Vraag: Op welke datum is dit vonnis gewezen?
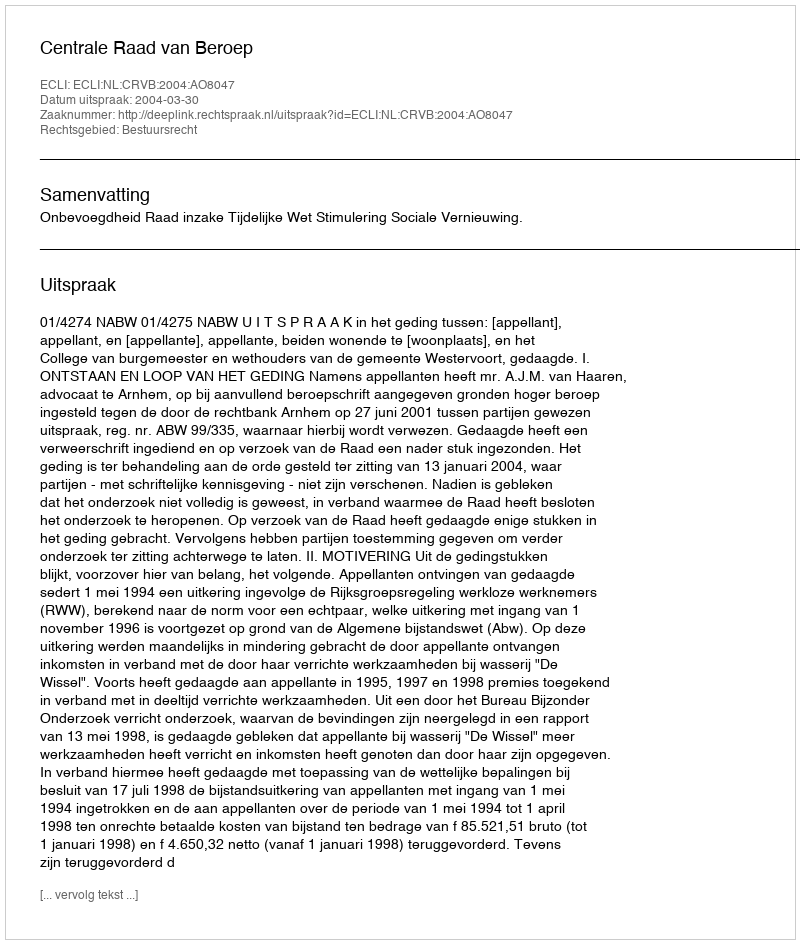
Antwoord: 2004-03-30